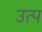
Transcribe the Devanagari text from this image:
उत्प